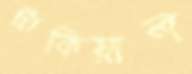
ট্রাকিয়াল